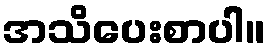
အသိပေးစာပါ။